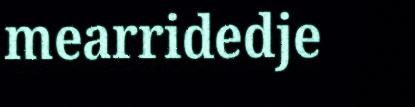
mearridedje